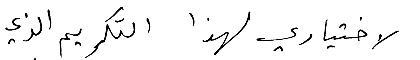
لاختياري لهذا التكريم الذي